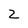
Character: z